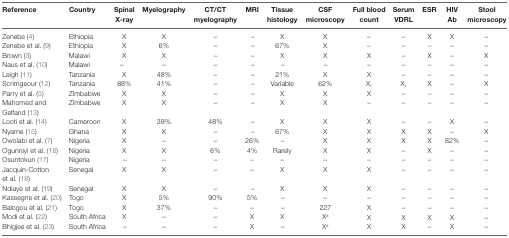
<table><thead><tr><td><b>Reference</b></td><td><b>Country</b></td><td><b>Spinal X-ray</b></td><td><b>Myelography</b></td><td><b>CT/CT myelography</b></td><td><b>MRI</b></td><td><b>Tissue histology</b></td><td><b>CSF microscopy</b></td><td><b>Full blood count</b></td><td><b>Serum VDRL</b></td><td><b>ESR</b></td><td><b>HIV Ab</b></td><td><b>Stool microscopy</b></td></tr></thead><tbody><tr><td>Zenebe (4)</td><td>Ethiopia</td><td>X</td><td>X</td><td>–</td><td>–</td><td>X</td><td>X</td><td>–</td><td>–</td><td>X</td><td>X</td><td>–</td></tr><tr><td>Zenebe et al. (9)</td><td>Ethiopia</td><td>X</td><td>6%</td><td>–</td><td>–</td><td>67%</td><td>X</td><td>–</td><td>–</td><td>–</td><td>–</td><td>–</td></tr><tr><td>Brown (3)</td><td>Malawi</td><td>X</td><td>X</td><td>–</td><td>–</td><td>X</td><td>X</td><td>X</td><td>–</td><td>X</td><td>–</td><td>X</td></tr><tr><td>Naus et al. (10)</td><td>Malawi</td><td>–</td><td>–</td><td>–</td><td>–</td><td>–</td><td>–</td><td>–</td><td>–</td><td>–</td><td>–</td><td>–</td></tr><tr><td>Leigh (11)</td><td>Tanzania</td><td>X</td><td>48%</td><td>–</td><td>–</td><td>21%</td><td>X</td><td>X</td><td>–</td><td>–</td><td>–</td><td>–</td></tr><tr><td>Scrimgeour (12)</td><td>Tanzania</td><td>88%</td><td>41%</td><td>–</td><td>–</td><td>Variable</td><td>62%</td><td>X,</td><td>X,</td><td>X</td><td>–</td><td>X</td></tr><tr><td>Parry et al. (5)</td><td>Zimbabwe</td><td>X</td><td>X</td><td>–</td><td>–</td><td>X</td><td>X</td><td>X</td><td>–</td><td>–</td><td>–</td><td>–</td></tr><tr><td>Mahomed and Gelfand (13)</td><td>Zimbabwe</td><td>X</td><td>X</td><td>–</td><td>–</td><td>X</td><td>X</td><td>–</td><td>–</td><td>–</td><td>–</td><td>–</td></tr><tr><td>Looti et al. (14)</td><td>Cameroon</td><td>X</td><td>39%</td><td>48%</td><td>–</td><td>X</td><td>X</td><td>X</td><td>–</td><td>–</td><td>X</td><td>–</td></tr><tr><td>Nyame (15)</td><td>Ghana</td><td>X</td><td>X</td><td>–</td><td>–</td><td>67%</td><td>X</td><td>X</td><td>X</td><td>X</td><td>–</td><td>X</td></tr><tr><td>Owolabi et al. (7)</td><td>Nigeria</td><td>X</td><td>–</td><td>–</td><td>26%</td><td>–</td><td>X</td><td>X</td><td>X</td><td>X</td><td>82%</td><td>–</td></tr><tr><td>Ogunniyi et al. (16)</td><td>Nigeria</td><td>X</td><td>X</td><td>6%</td><td>4%</td><td>Rarely</td><td>X</td><td>X</td><td>–</td><td>X</td><td>–</td><td>–</td></tr><tr><td>Osuntokun (17)</td><td>Nigeria</td><td>–</td><td>–</td><td>–</td><td>–</td><td>–</td><td>–</td><td>–</td><td>–</td><td>–</td><td>–</td><td>–</td></tr><tr><td>Jacquin-Cotton et al. (18)</td><td>Senegal</td><td>X</td><td>X</td><td>–</td><td>–</td><td>X</td><td>X</td><td>X</td><td>–</td><td>–</td><td>–</td><td>–</td></tr><tr><td>Ndiaye et al. (19)</td><td>Senegal</td><td>X</td><td>X</td><td>–</td><td>–</td><td>X</td><td>X</td><td>X</td><td>–</td><td>–</td><td>–</td><td>–</td></tr><tr><td>Kassegne et al. (20)</td><td>Togo</td><td>X</td><td>5%</td><td>90%</td><td>5%</td><td>–</td><td>–</td><td>–</td><td>–</td><td>–</td><td>–</td><td>–</td></tr><tr><td>Balogou et al. (21)</td><td>Togo</td><td>X</td><td>37%</td><td>–</td><td>–</td><td>–</td><td>227</td><td>X</td><td>–</td><td>–</td><td>–</td><td>–</td></tr><tr><td>Modi et al. (22)</td><td>South Africa</td><td>X</td><td>–</td><td>–</td><td>X</td><td>X</td><td>X<sup>a</sup></td><td>X</td><td>X</td><td>X</td><td>X</td><td>–</td></tr><tr><td>Bhigjee et al. (23)</td><td>South Africa</td><td>–</td><td>–</td><td>–</td><td>X</td><td>–</td><td>X<sup>a</sup></td><td>X</td><td>X</td><td>–</td><td>X</td><td>–</td></tr></tbody></table>